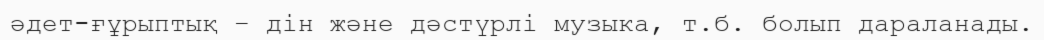
әдет-ғұрыптық – дін және дәстүрлі музыка, т.б. болып дараланады.